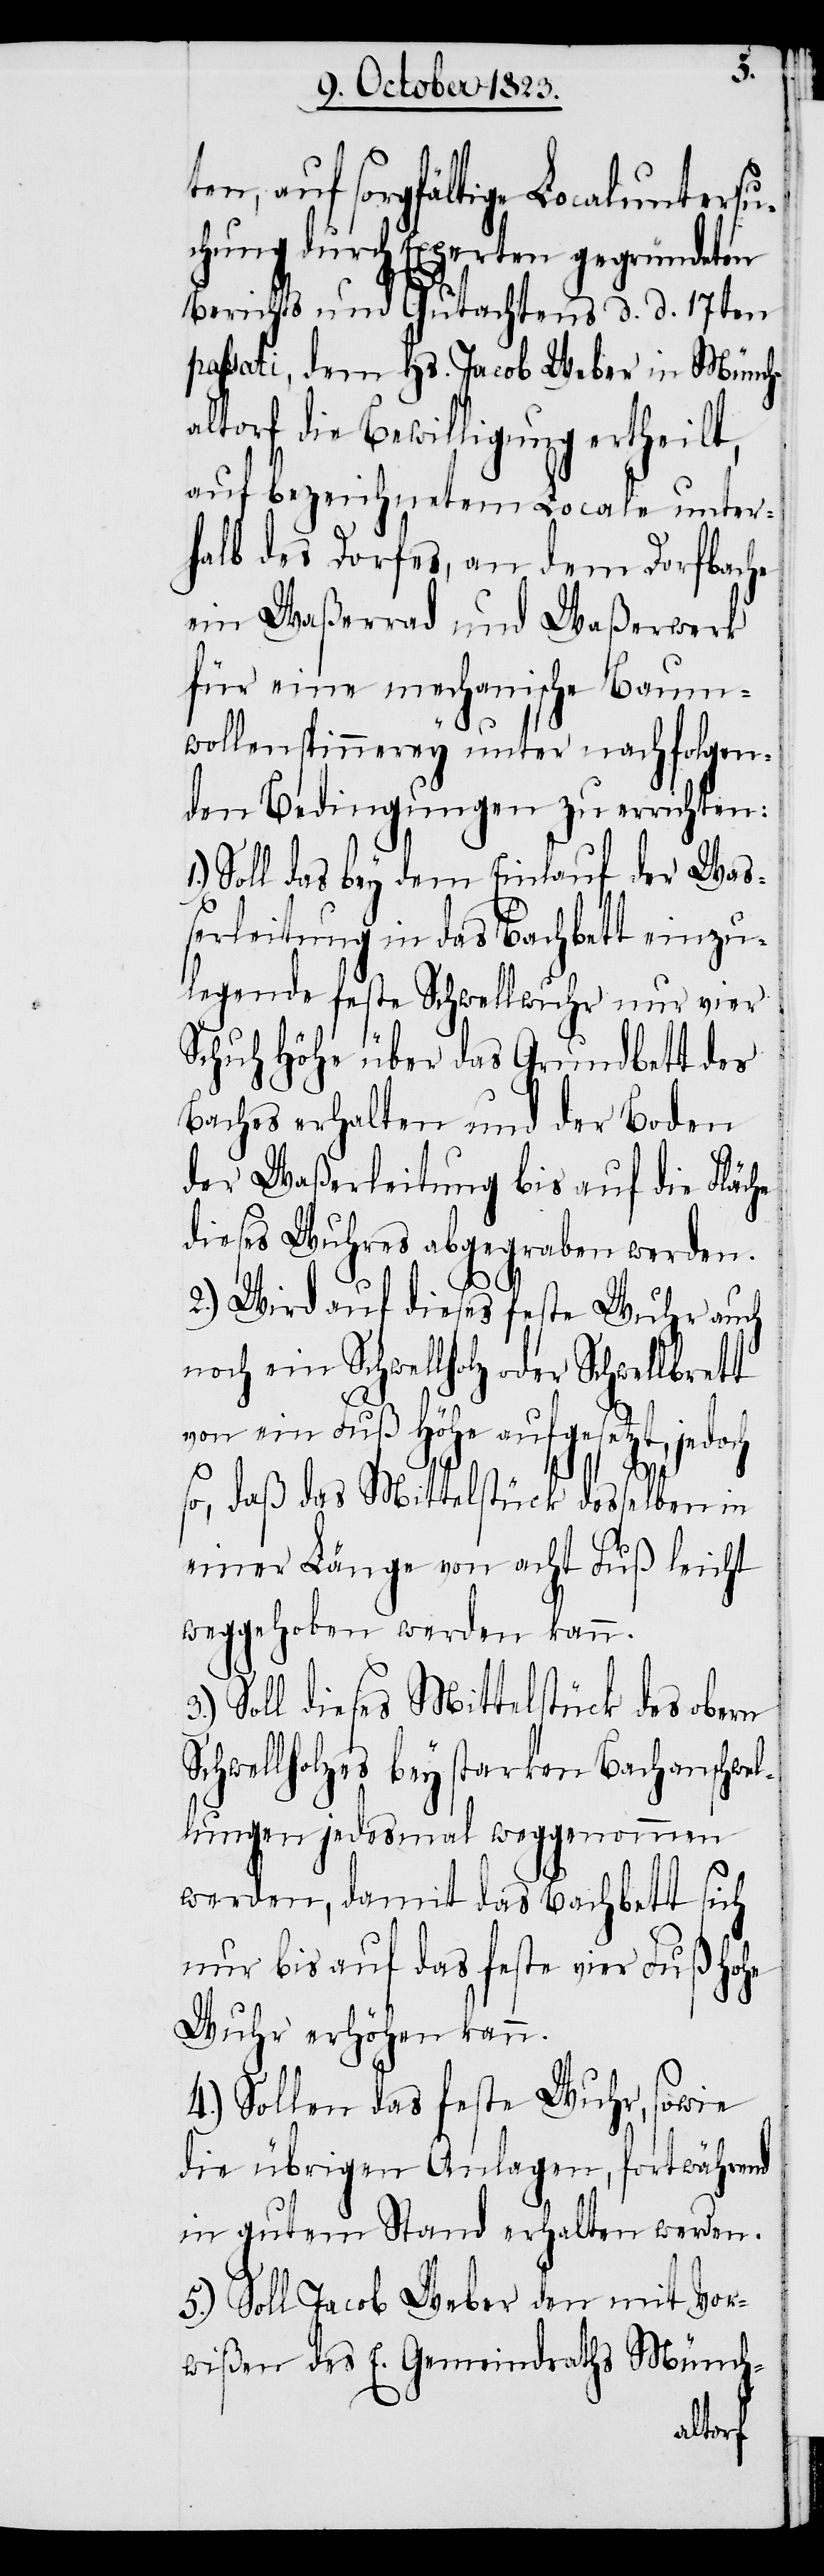
t¬
en, auf sorgfältige Localuntersu¬
chung durch Experten gegründeten
Berichts und Gutachtens d. d. 17ten
passati, dem Hs. Jacob Weber in Münch¬
altorf die Bewilligung ertheilt,
auf bezeichnetem Locale unter¬
halb des Dorfes, an dem Dorfbache
ein Waßerrad und Waßerwerk
für eine mechanische Baum¬
wollenspinnerey unter nachfolgen¬
den Bedingungen zu errichten:
Soll das bey dem Einlauf der Wa¬
ßerleitung in das Bachbett einzu¬
legende feste Schwellwuhr nur vier
Schuh Höhe über das Grundbett des
Baches erhalten und der Boden
der Waßerleitung bis auf die Fläche
dieses Wuhres abgegraben werden.
2.) Wird auf dieses feste Wuhr auch
noch ein Schwellholz oder Schwellbrett
von ein Fuß Höhe aufgesetzt, jedoch
so, daß das Mittelstück desselben in
einer Länge von acht Fuß leicht
weggehoben werden kann.
Soll dieses Mittelstück des obern
Schwellholzes bey starken Bachanschwel¬
lungen jedesmal weggenommen
werden, damit das Bachbett sich
nur bis auf das feste vier Fuß hohe
Wuhr erhöhen kann.
4.) Sollen das feste Wuhr, sowie
die übrigen Anlagen, fortwährend
in gutem Stand erhalten werden.
5.) Soll Jacob Weber den mit Vor¬
wißen des E. Gemeindraths Münch-